Annual report on the working of the lock hospitals in the North-Western Provinces and Oudh
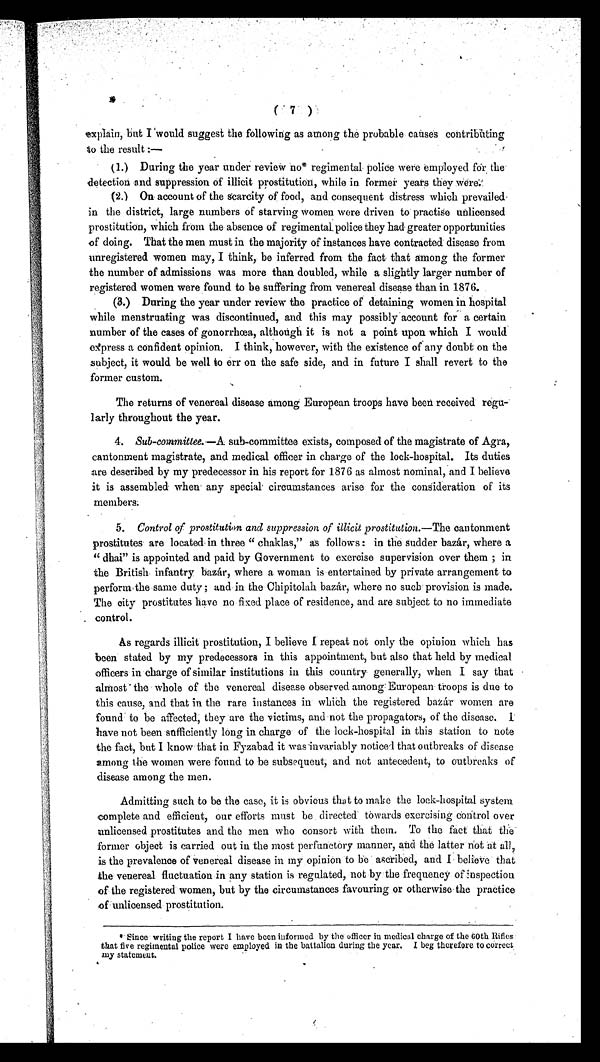
14.
explain, but I would suggest the following as among the probable, causes contributing
to the result :—
(1.) During the year under review no* regimental police were.employed for the.
detection and suppression of illicit prostitution, while in former years they Were
.
(2.)On account of the scarcity of food, and consequent distress which prevailed
in the district, large numbers of starving women were driven to practise unlicensed
prostitution, which from the absence of regimental, police they had greater opportunities
of doing. That the men must in the majority of instances have contracted disease from
unregistered women may, I think, be inferred from. the fact that among the former
the number of admissions was more than doubled, while a slightly larger number of
registered women were found to be suffering from venereal disease than in 1876.
(3.) During the year under review the practice of detaining women in hospital
while menstruating was discontinued, and this may possibly account for a certain
number of the cases of gonorrhœa, although. it is not a point upon which I would
express a confident opinion. I think, however, with the existence of any doubt on the
subject, it would be well to err on the safe side, and in future I shall revert to the
former custom.
The returns of venereal disease among European troops have been received regu-
larly throughout the year.
4. Sub-committee. —A sub-committee exists, composed of the magistrate of Agra,
cantonment magistrate, and medical officer in charge of the lock-hospital. Its duties
are described by my predecessor in his report for 1876 as almost nominal, and I believe
it is assembled when any special circumstances arise for the consideration of its
members.
5. Control of prostitution and suppression of illicit prostitution.—The cantonment
prostitutes are located in three " chaklas," as follows : in the sudder bazár, where a
" dhai" is appointed and paid by Government to exercise supervision over them ; in
the British infantry bazar, where a woman is entertained by private arrangement to
perform the same duty ; and in the Chipitolah bazár, where no such provision is made.
The city prostitutes have no fixed place of residence, and are subject to no immediate
control.
As regards illicit prostitution, I believe I repeat not only the opinion which has
been stated by my predecessors in this appointment, but also that held by medical
officers in charge of similar institutions in this country generally, when I say that
almost the whole of the venereal disease observed among European-troops is due to
this cause, and that in the rare instances in which the registered bazár women are
found to be affected, they are the victims, and not the propagators, of the disease. I
have not been .sufficiently long in charge of the lock-hospital in this station to note
the fact, but I know that in Fyzabad it was invariably noticed that outbreaks of disease
among the women were found to be subsequent, and not antecedent, to outbreaks of
disease among the men.
Admitting such to be the case, it is obvious that to make the lock-hospital system
complete and efficient, our efforts must be. directed towards exercising Control over
unlicensed prostitutes and the men who consort With them. To the fact that the
former object is carried out in the most perfunctory manner, and the latter not at all,
is the prevalence of Venereal disease in my opinion to be ascribed, and I. believe that
the venereal fluctuation in any station is regulated, not by the .frequency of inspection
of the registered women, but by the circumstances favouring or otherwise the practice
of unlicensed prostitution.
² Since writing the report I have been informed by the officer in medical charge of the 60th Rifles
that five regimental police were employed in the battalion during the year. I beg therefore to correct
my statement.